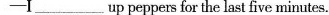
--- I___ uppeppers for the last five minutes.